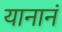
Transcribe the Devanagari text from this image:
यानानं